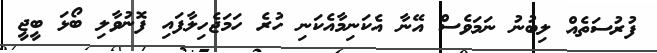
ފުރުސަތެއް ލިބުނު ނަމަވެސް އޭނާ އެކަނިމާއެކަނި ހުރެ ހަމަޖެހިލާފައި ފޮނުވާލި ބޯޅަ ބީޖީ